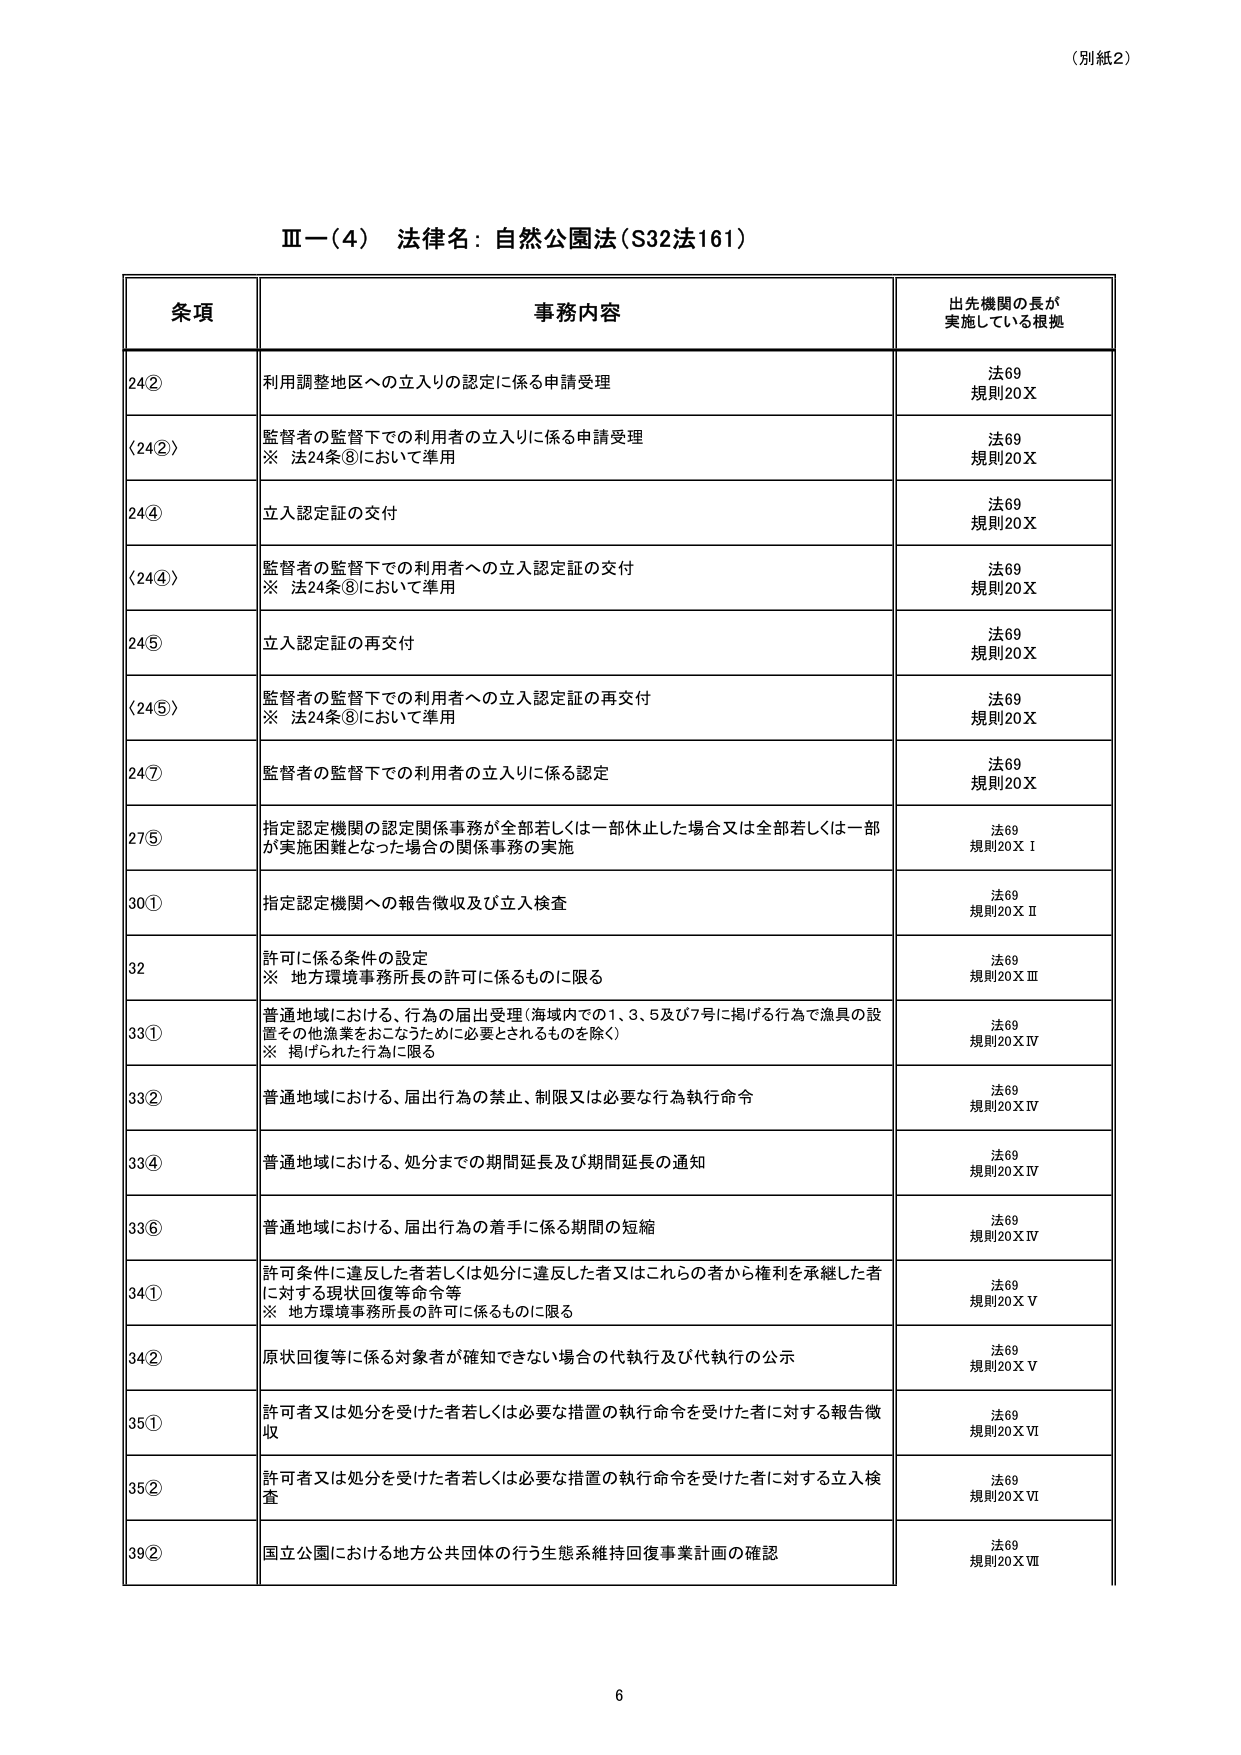
（別紙2）

Ⅲ－（4） 法律名：自然公園法（S32法161）

条項 事務内容 出先機関の長が 実施している根拠

24② 利用調整地区への立入りの認定に係る申請受理 法69 規則20Ｘ

（24②） 監督者の監督下での利用者の立入りに係る申請受理 ※ 法24条⑧において準用 法69 規則20Ｘ

24④ 立入認定証の交付 法69 規則20Ｘ

（24④） 監督者の監督下での利用者への立入認定証の交付 ※ 法24条⑧において準用 法69 規則20Ｘ

24⑤ 立入認定証の再交付 法69 規則20Ｘ

（24⑤） 監督者の監督下での利用者への立入認定証の再交付 ※ 法24条⑧において準用 法69 規則20Ｘ

24⑦ 監督者の監督下での利用者の立入りに係る認定 法69 規則20Ｘ

27⑤ 指定認定機関の認定関係事務が全部若しくは一部休止した場合又は全部若しくは一部が実施困難となった場合の関係事務の実施 法69 規則20ＸⅠ

30① 指定認定機関への報告徴収及び立入検査 法69 規則20ＸⅡ

32 許可に係る条件の設定 ※ 地方環境事務所長の許可に係るものに限る 法69 規則20ＸⅢ

33① 普通地域における、行為の届出受理（海域内での1、3、5及び7号に掲げる行為で漁具の設置その他漁業をおこなうために必要とされるものを除く） ※ 掲げられた行為に限る 法69 規則20ＸⅣ

33② 普通地域における、届出行為の禁止、制限又は必要な行為執行命令 法69 規則20ＸⅣ

33④ 普通地域における、処分までの期間延長及び期間延長の通知 法69 規則20ＸⅣ

33⑥ 普通地域における、届出行為の着手に係る期間の短縮 法69 規則20ＸⅣ

34① 許可条件に違反した者若しくは処分に違反した者又はこれら の者から権利を承継した者に対する現状回復等命令等 ※ 地方環境事務所長の許可に係るものに限る 法69 規則20ＸⅤ

34② 原状回復等に係る対象者が確知できない場合の代執行及び代執行の公示 法69 規則20ＸⅤ

35① 許可者又は処分を受けた者若しくは必要な措置の執行命令を受けた者に対する報告徴収 法69 規則20ＸⅥ

35② 許可者又は処分を受けた者若しくは必要な措置の執行命令を受けた者に対する立入検査 法69 規則20ＸⅥ

39② 国立公園における地方公共団体の行う生態系維持回復事業計画の確認 法69 規則20ＸⅦ

6